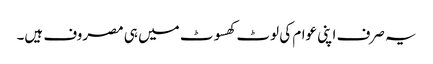
یہ صرف اپنی عوام کی لوٹ کھسوٹ میں ہی مصروف ہیں۔